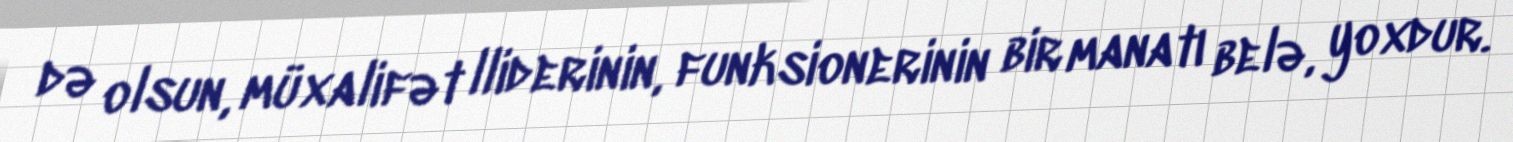
də olsun, müxalifət lliderinin, funksionerinin bir manatı belə, yoxdur.